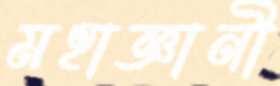
মহাজ্ঞানী